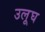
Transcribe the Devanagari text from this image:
उलूघ